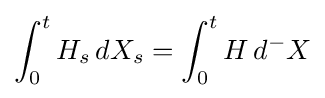
\int _{0}^{t}H_{s}\,dX_{s}=\int _{0}^{t}H\,d^{-}X